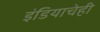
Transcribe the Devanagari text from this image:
इंडियाचेही